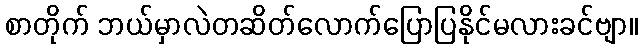
စာတိုက် ဘယ်မှာလဲတဆိတ်လောက်ပြောပြနိုင်မလားခင်ဗျာ။